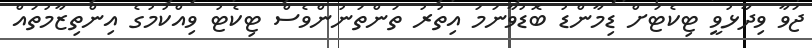
ޖަވާ ވިދާޅުވީ ޓިކެޓަށް ޑިމާންޑު ބޮޑުވާނަމަ އިތުރު ތަންތަނުންވެސް ޓިކެޓު ވިއްކުމުގެ އިންތިޒާމުތައް